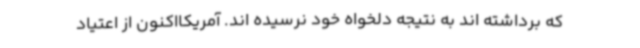
که برداشته اند به نتیجه دلخواه خود نرسیده اند. آمریکااکنون از اعتیاد